Bréfritari: Jakobína Jónsdóttir
Viðtakandi: Sólveig Jónsdóttir
Dagsetning: A-1880-08-24
Skrifað á: Bessastöðum  Gull.
systir bréfviðtakanda

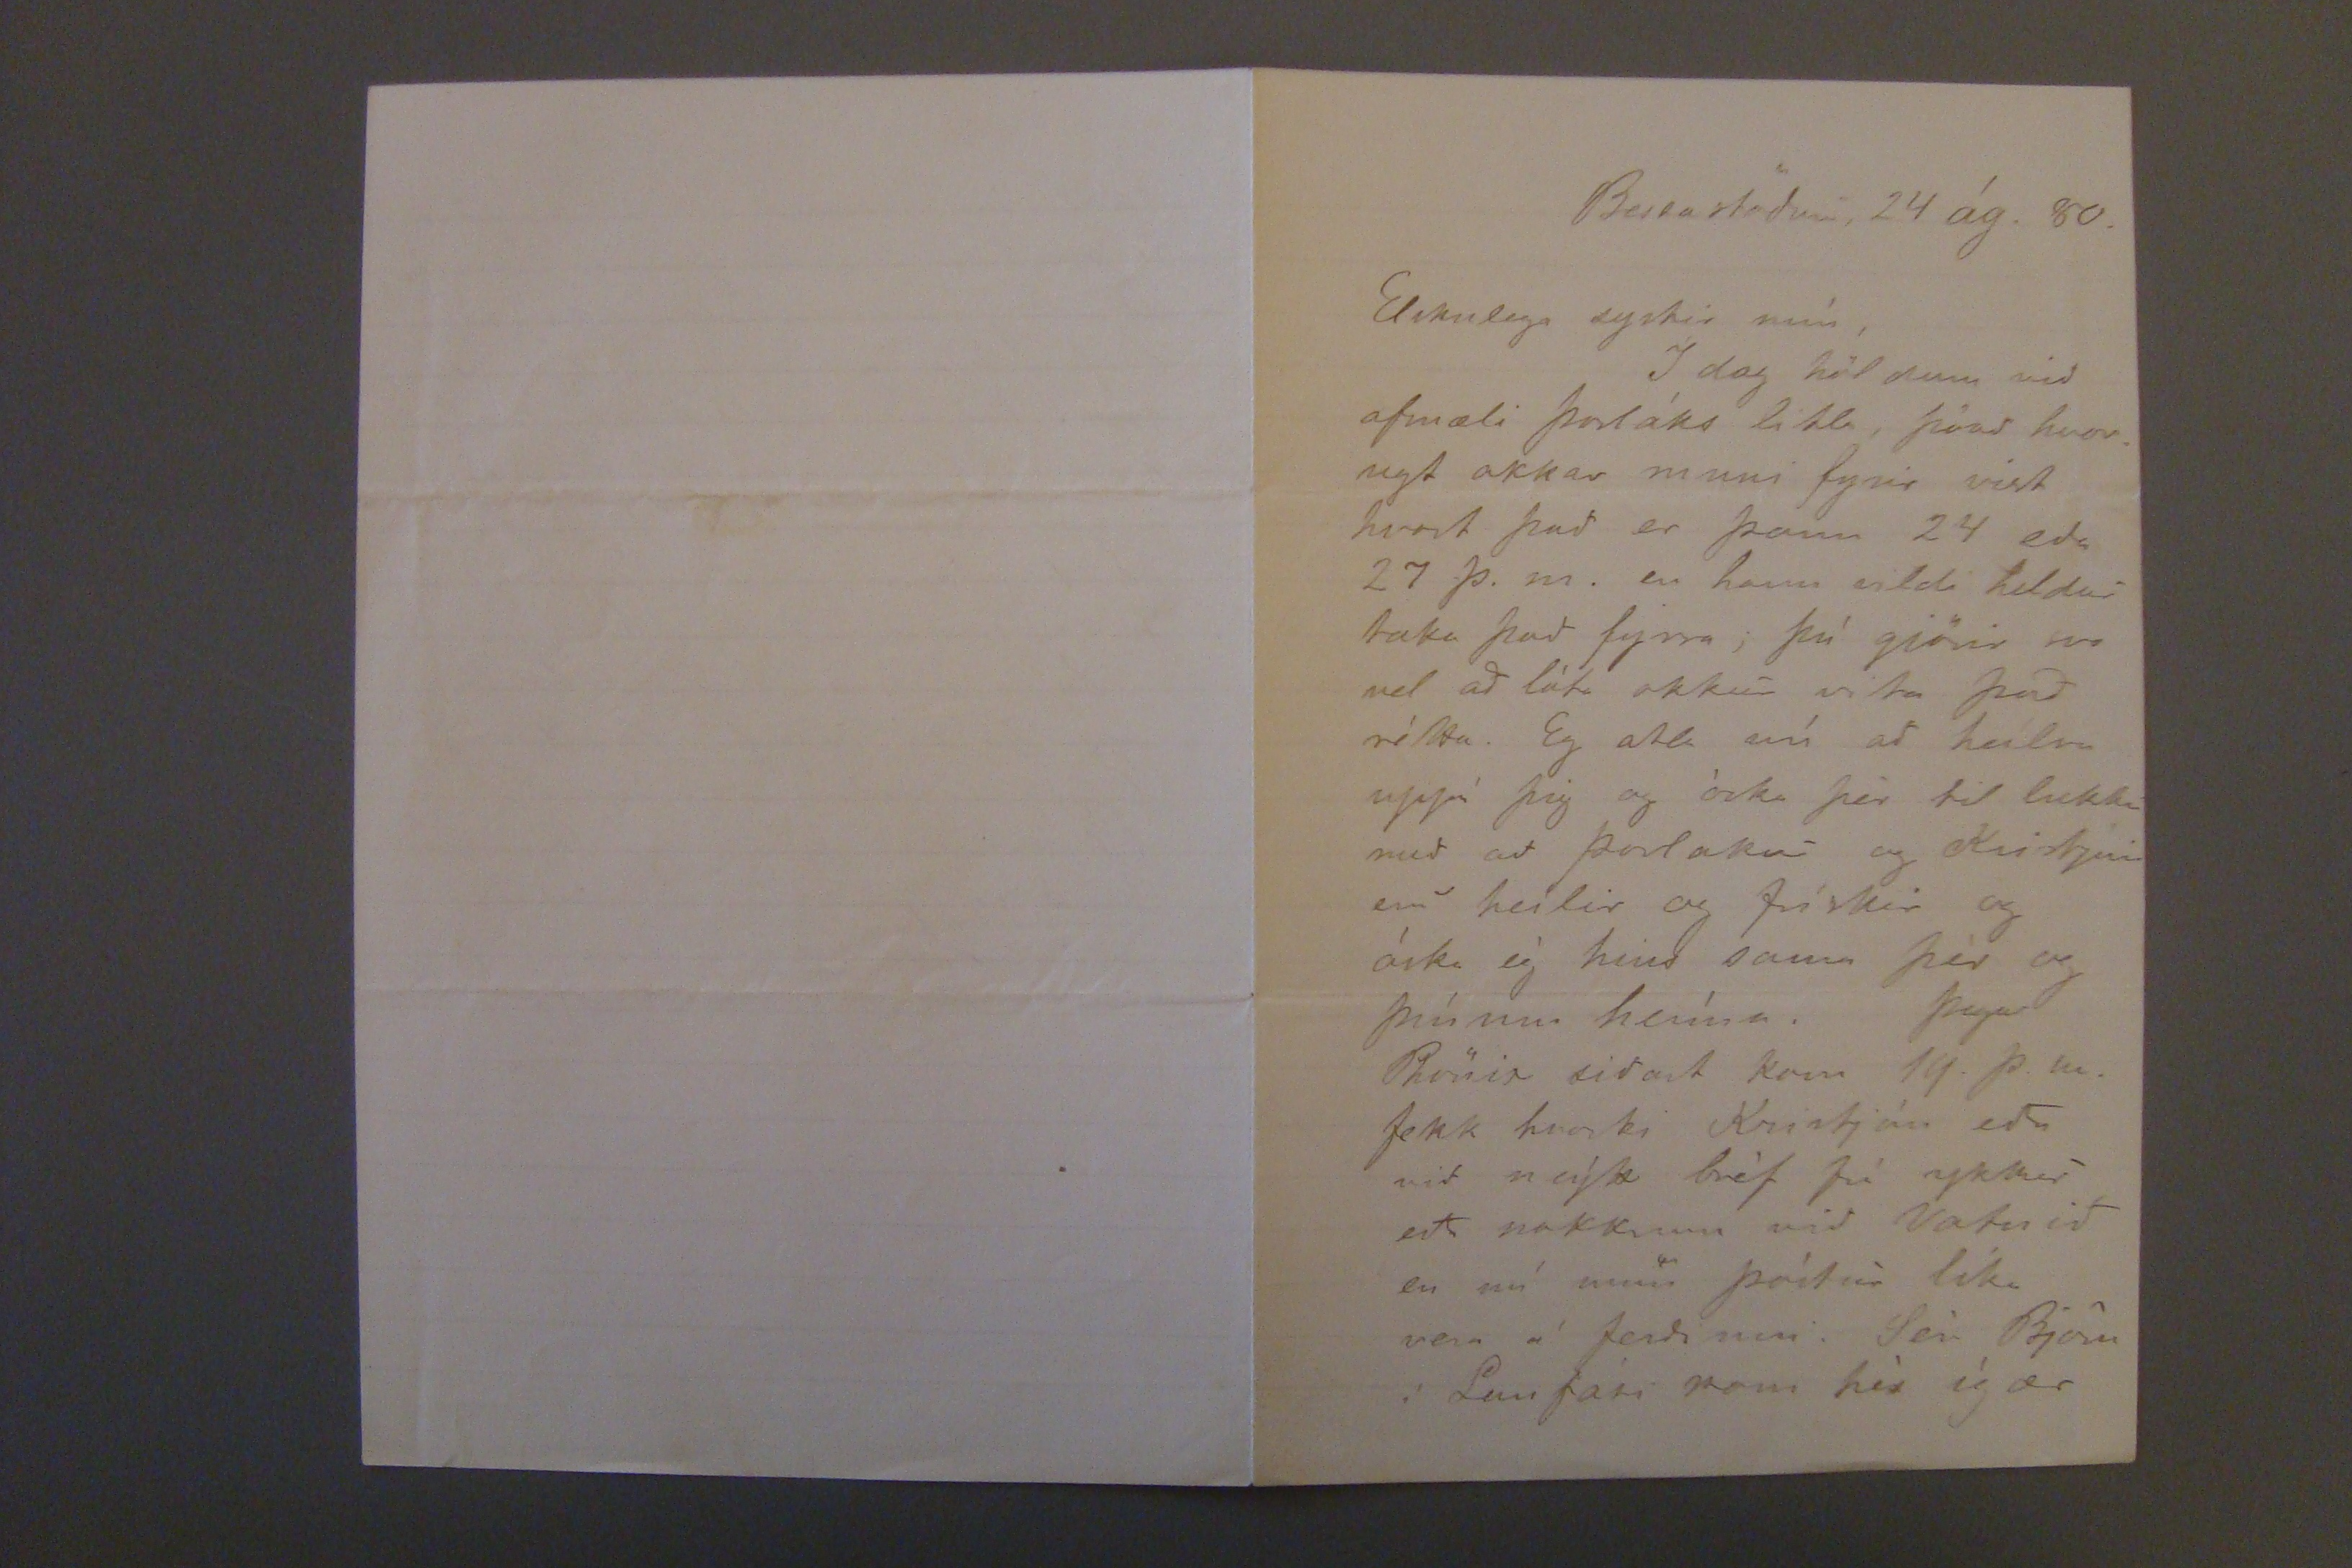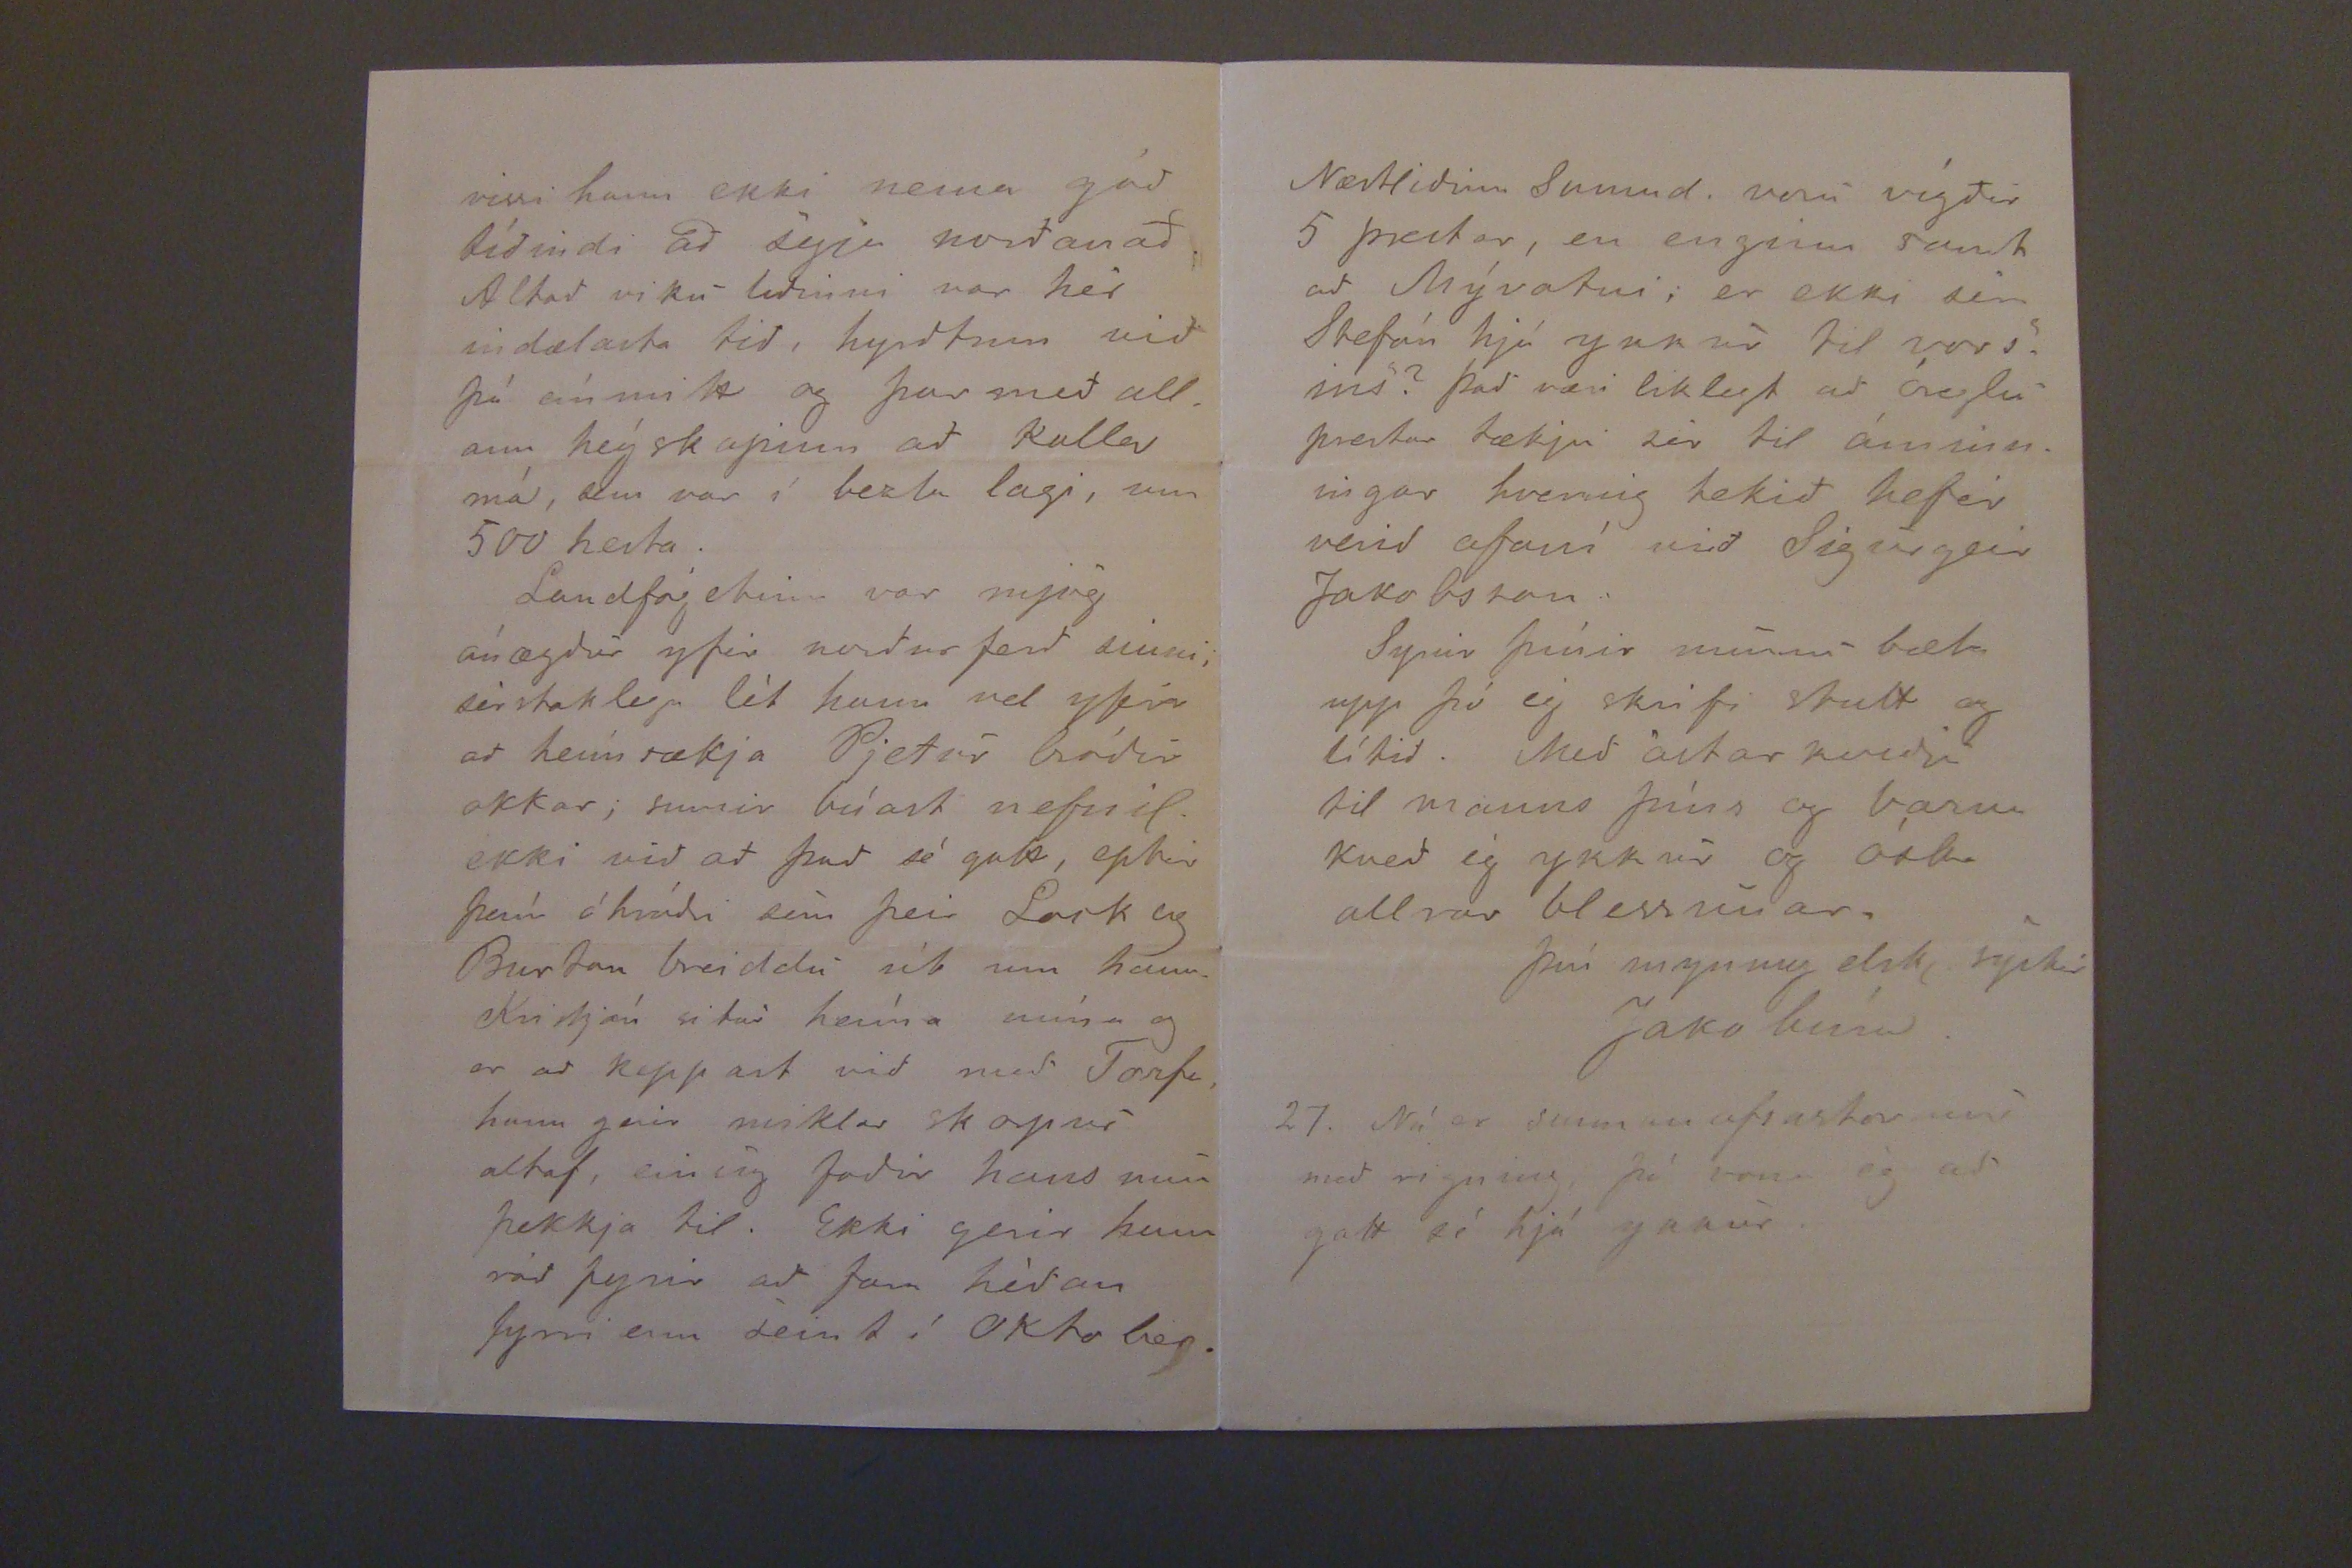

Bessastödum, 24 ág. 80.
Elskulega systir mín,
Í dag höldum vid afmæli þorláks litla, þóad hvorugt okkar muni fyrir vist hvort þad er þann 24 eda 27 þ.m. en hann vildi heldur taka þad fyrra; þú gjörir svo vel ad láta okkur vita þad rétta. Eg ætla nú ad heílsa uppá þig og óska þér til lukku med ad Þorlakur og Kristjan eru heílir og frískir og óska ég hins sama þér og þínum heíma. Þegar
Phönir
sidast kom 14. þ.m. fekk hvorki Kristján eda vid neýtt bréf frá ykkur eda nokkrum vid Vatnid en nú mun póstur líka vera á ferdinni. Séra Björn í Laufási kom hér ígær
vissi hann ekki nema gód tídindi ad segja nordanad. Altad viku lidinni var hér indælasta tid, hyrdtinn vid þá eínmitt og þar med allann heýskapinn ad kalla má, sem var í bezta lagi, um 500 hesta.
Landfógelinn var mjög ánægdur yfir nordur ferd sinni; sérstaklega lét hann vel yfir ad heí sækja Pjetur bródir okkar; sumir búast nefnil. ekki vid ad þad sé gott, eptir þeím óhródri sem þeir Lork og Burtan breiddu út um hann. Kristján situr heíma núna og er ad keppast vid med Torfa, hann gerir miklar skorpur altaf, einsog fadir hans mun þekkja til. Ekki gerir hann rád fyrir ad fara hédan fyrri enn seint í Oktrober.
Næstlidinn Sunnud. voru vígdir 5 prestar, en enginn samt ad Mývatni; er ekki séra Stefán hjá ykkur til vorsins? Þad væri liklegt ad Óreglu prestar tækju sér til áminningar hvernig tekid hefir verid ofaní vid Sigurgeir Jakobsson.
Synir þínir munu bæta upp þó ég skrifi stutt og lítid. Med ástarkvedju til manns þíns og barni kved ég ykkur og óska allrar blessunar.
Þín mynnug elsk. systir
Jakobína.
27. Nú er sunnanaftanstormur med rigning. Þá vona ég ad gott sé hjá ykkur.